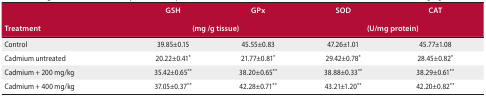
<table><thead><tr><td rowspan="2"><b>Treatment</b></td><td><b>GSH</b></td><td><b>GPx</b></td><td><b>SOD</b></td><td><b>CAT</b></td></tr><tr><td colspan="2"><b>(mg /g tissue)</b></td><td colspan="2"><b>(U/mg protein)</b></td></tr></thead><tbody><tr><td>Control</td><td>39.85±0.15</td><td>45.55±0.83</td><td>47.26±1.01</td><td>45.77±1.08</td></tr><tr><td>Cadmium untreated</td><td>20.22±0.41<sup>*</sup></td><td>21.77±0.81<sup>*</sup></td><td>29.42±0.78<sup>*</sup></td><td>28.45±0.82<sup>*</sup></td></tr><tr><td>Cadmium + 200 mg/kg</td><td>35.42±0.65<sup>**</sup></td><td>38.20±0.65<sup>**</sup></td><td>38.88±0.33<sup>**</sup></td><td>38.29±0.61<sup>**</sup></td></tr><tr><td>Cadmium + 400 mg/kg</td><td>37.05±0.37<sup>**</sup></td><td>42.28±0.71<sup>**</sup></td><td>43.21±1.20<sup>**</sup></td><td>42.20±0.82<sup>**</sup></td></tr></tbody></table>